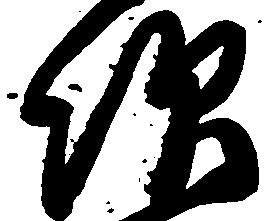
次